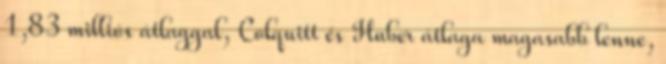
1,83 milliós átlaggal, Colquitt és Huber átlaga magasabb lenne,